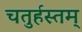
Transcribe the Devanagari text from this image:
चतुर्हस्तम्